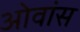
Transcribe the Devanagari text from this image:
ओवांस